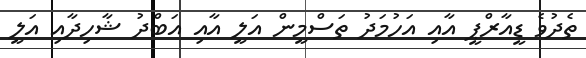
ތެދުވެ ޑީއާރްޕީ އާއި އަހުމަދު ތަސްމީން އަލީ އާއި އަބްދު ޝާހިދާއި އަލީ